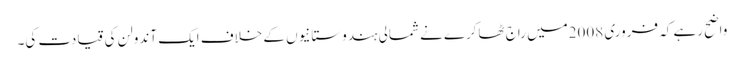
واضح رہے کہ فروری 2008میں راج ٹھاکرے نے شمالی ہندوستانیوں کے خلاف ایک آندولن کی قیادت کی۔